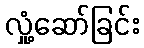
လှုံ့ဆော်ခြင်း